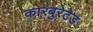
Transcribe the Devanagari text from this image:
कारबुरेटेड